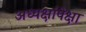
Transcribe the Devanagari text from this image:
अध्यक्षांपेक्षा